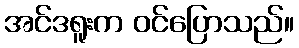
အင်ဒရူးက ဝင်ပြောသည်။